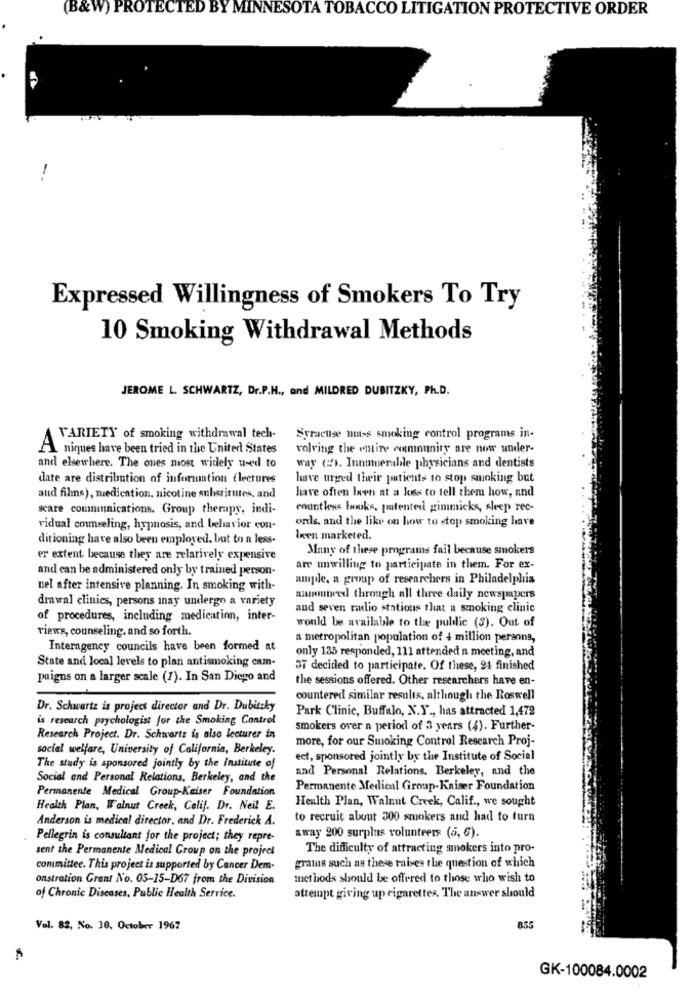
(B&W) PROTECTED BY MINNESOTA TOBACCO LITIGATION PROTECTIVE ORDER
-
Expressed Willingness of Smokers To Try
10 Smoking Withdrawal Methods
JEROME L. SCHWARTZ, Dr.P.H ., and MILDRED DUBITZKY, Ph.D.
VARIETY of smoking withdrawal tech-
Syracuse muss smoking control programs in-
A niques have been tried in the United States
rolving the entire community are now under-
and elsewhere. The ones most widely used to
way (#). Inomnerable physicians and dentists
date are distribution of information (lectures
have urged their patients to stop smoking but
have ofien laen at a loss to tell them how, and
aud films), medication, nicotine substitutes, and
scare communications. Group therapy, indi-
countless books, patented gimmicks, sleep rec-
ords, and the like on how to stop smoking have
vidual counseling, hypnosis, and behavior con-
ditioning have also been employed, but to a less-
Iken marketed.
Many of these programs fail because smokers
er extent because they are relatively expensive
and can be administered only by trained person-
are unwilling to participate in them. For ex-
ample, a group of researchers in Philadelphia
nel after intensive planning. In smoking with-
drawal clinics, persons inay undergo a variety
announced through all three daily newspapers
and seven nulio stations that a smoking clinic
of procedures, including medication, inter-
would be available to the public (S). Out of
riews, counseling. and so forth.
a metropolitan population of 4 million peranns,
Interagency councils have been formed at
only 135 responded, 111 attended n meeting, and
State and local levels to plan antismoking cam-
OF decided to participate. Of these, 94 finished
paigns on a larger scale (1). In San Diego and
the sessions offered. Other researchers have en-
countered similar results, although the Roswell
Dr. Schwartz is project director and Dr. Dubitsky
Park Clinic, Buffalo, N.Y ., has attracted 1,472
is research psychologist for the Smoking Control
smokers over a period of 3 years (4). Further-
Research Project. Dr. Schwartz is also lecturer in
more, for our Smoking Control Research Proj-
social welfare, University of California, Berkeley.
ect, sponsored jointly by the Institute of Social
The study is sponsored jointly by the institute of
and Personal Relations. Berkeley, and the
Social and Personal Relations, Berkeley, and the
Permanente Medical Group-Kaiser Foundation
Permanente Medical Group-Kaiser Foundation
Health Plan, Walnut Creek, Calif ., we sought
Health Plan, Walnut Creek, Calif. Dr. Neil E.
Anderson is medical director, and Dr. Frederick A.
to recruit about 300 smokers and had to turn
Pellegrin is consultant for the project; they repre-
away 200 surplus volunteers (6, €).
sent the Permanente Medical Group on the project
The difficulty of attracting smokers into pro-
committee. This project is supported by Cancer Dem-
grains such as these raises the question of which
onstration Grant No. 05-15-D67 from the Division
methods should be offered to those who wish to
of Chronic Diseases, Public Health Service.
attempt giving up cigaretter. The answer should
Vol. 82, No. 10. October 1967
855
GK-100084.0002